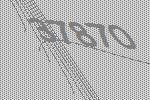
37870